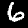
Digit: 6